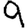
Digit: 9